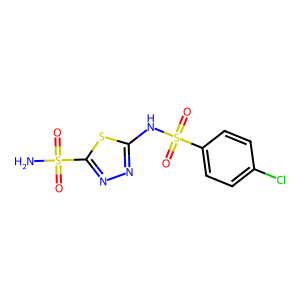
SMILES: NS(=O)(=O)c1nnc(NS(=O)(=O)c2ccc(Cl)cc2)s1
Inhibits HIV replication: No